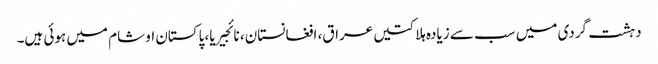
دہشت گردی میں سب سے زیادہ ہلاکتیں عراق، افغانستان، نائجیریا، پاکستان او شام میں ہوئی ہیں۔